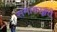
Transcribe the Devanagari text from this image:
समाकाङ्क्षते